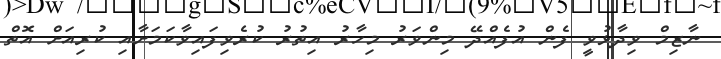
ނާޒިމް ވިދާޅުވީ ފެން އުފެއްދޭ މިންވަރު މިހާރު އިތުރު ކުރެވިފައިވާކަމަށާއި ކުރިއަށް އޮތް